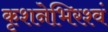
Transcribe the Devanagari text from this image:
कृशनेभिरश्वं